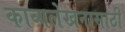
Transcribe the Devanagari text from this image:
काव्यलेखनासाठी